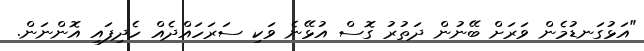
"އަޅުގަނޑުމެން ވަރަށް ބޭނުން ދަތުރު ގޮސް އުޅޭނެ ވަކި ސަރަހައްދެއް ހެދިފައި އޮންނަން.